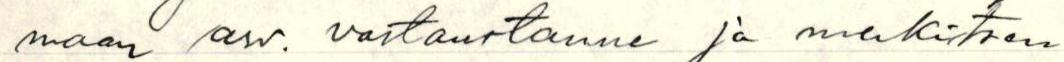
maan arv. vastaustanne ja merkitsen